Scottish Leaving Certificate Examination, 1961
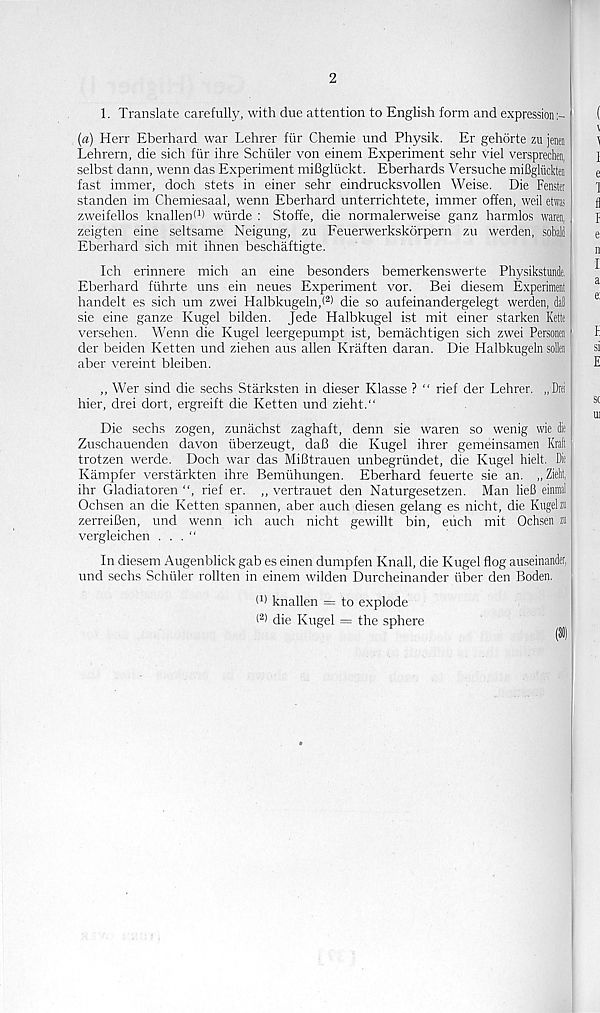
2
1. Translate carefully, with due attention to English form and expression
(a) Herr Eberhard war Lehrer fur Chemie und Physik. Er gehorte zu jenai
Lehrern, die sich fur ihre Schuler von einem Experiment sehr viel versprechen,
selbst dann, wenn das Experiment mifigliickt. Eberhards Versuche miBgliickten
fast immer, doch stets in einer sehr eindrucksvollen Weise. Die Fenste
standen im Chemiesaal, wenn Eberhard unterrichtete, immer often, weil etwas
zweifellos knallenW wurde : Stoffe, die normalerweise ganz harmlos waren,
zeigten eine seltsame Neigung, zu Feuerwerkskorpern zu werden, sobald
Eberhard sich mit ihnen beschaftigte.
Ich erinnere mich an eine besonders bemerkenswerte Physikstunde,
Eberhard fuhrte uns ein neues Experiment vor. Bei diesem Experiment
handelt es sich um zwei Halbkugeln,< 2 ) die so aufeinandergelegt werden, da!
sie eine ganze Kugel bilden. Jede Halbkugel ist mit einer starken Kette
versehen. Wenn die Kugel leergepumpt ist, bemachtigen sich zwei Personen
der beiden Ketten und ziehen aus alien Kraften daran. Die Plalbkugeln sollen
aber vereint bleiben.
,, Wer sind die sechs Starksten in dieser Klasse ? “ rief der Lehrer. „ Drci
hier, drei dort, ergreift die Ketten und zieht.“
Die sechs zogen, zunachst zaghaft, denn sie waren so wenig wie die
Zuschauenden davon tiberzeugt, dafi die Kugel ihrer gemeinsamen Kraft
trotzen werde. Doch war das MiBtrauen unbegrtindet, die Kugel hielt. Die
Kampfer verstarkten ihre Bemuhungen. Eberhard feuerte sie an. „Ziekt,
ihr Gladiatoren “, rief er. ,, vertrauet den Naturgesetzen. Man lieB einraal
Ochsen an die Ketten spannen, aber auch diesen gelang es nicht, die Kugeha
zerreiBen, und wenn ich auch nicht gewillt bin, euch mit Ochsen zi
vergleichen . . . “
In diesem Augenblick gab es einen dumpfen Knall, die Kugel flog auseinander,
und sechs Schuler rollten in einem wilden Durcheinander fiber den Boden.
W knallen = to explode
( 2 > die Kugel = the sphere
(31)